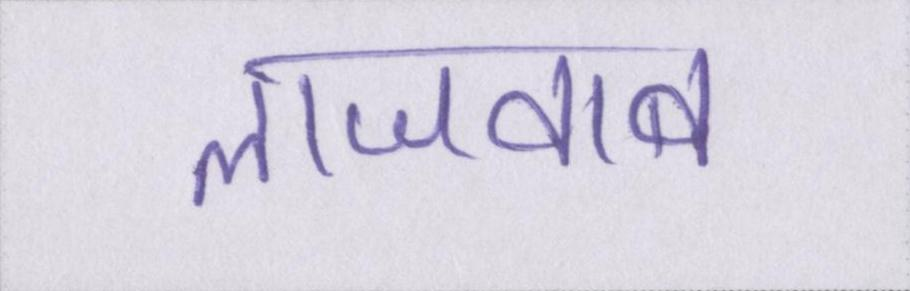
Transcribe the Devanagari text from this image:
लाजवाब